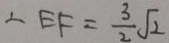
\therefore E F = \frac { 3 } { 2 } \sqrt { 2 }